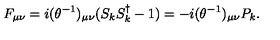
F _ { \mu \nu } = i ( \theta ^ { - 1 } ) _ { \mu \nu } ( S _ { k } S _ { k } ^ { \dagger } - 1 ) = - i ( \theta ^ { - 1 } ) _ { \mu \nu } P _ { k } .